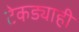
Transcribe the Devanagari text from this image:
टेकड्याही